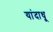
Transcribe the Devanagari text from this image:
यांदाधू